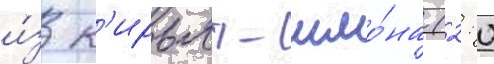
и́з к'ирьят-шмо́на (2: 0